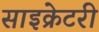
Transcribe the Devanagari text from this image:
साइक्रेटरी